Indian journal of veterinary science and animal husbandry - Volumes 15-17, 1948-1951
Year: 1948
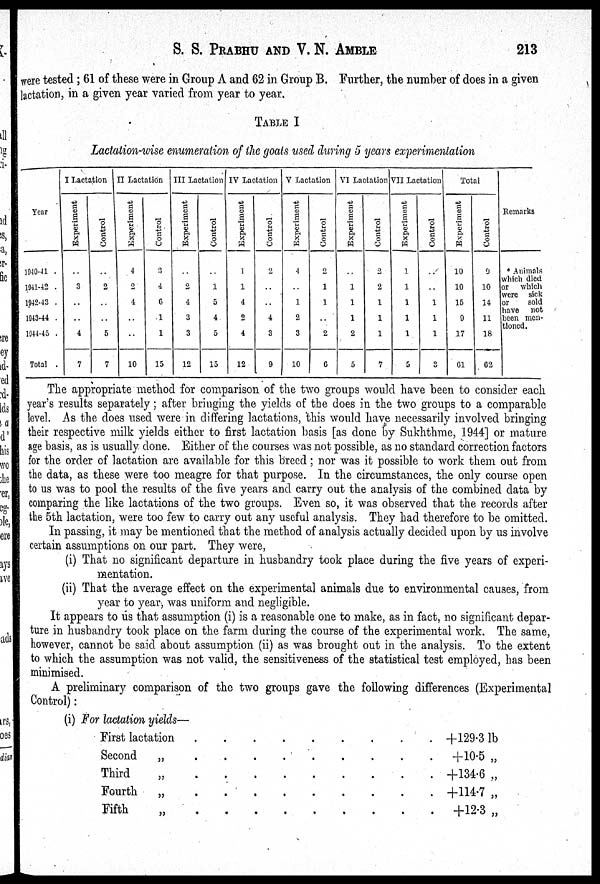
S. S. PRABHU AND V. N. AMBLE 213
were tested ; 61 of these were in Group A and 62 in Group B. Further, the number of does in a given
lactation, in a given year varied from year to year.
TABLE I
Lactation-wise enumeration of the goats used during 5 years experimentation
Year
1910-41 .
1911-42 .
1942-43 .
1913-44 .
1914-45 .
Total .
I Lactation
Experiment
..
3
..
..
4
7
Control
..
2
..
..
5
7
II Lactation
Experiment
4
2
4
..
..
10
Control
3
4
6
1
1
15
III Lactation
Experiment
..
2
4
3
3
12
Control
..
1
5
4
5
15
IV Lactation
Experiment
1
1
4
2
4
12
Control
2
..
..
4
3
9
V Lactation
Experiment
4
..
1
2
3
10
Control
2
1
1
..
2
6
VI Lactation
Experiment
..
1
1
1
2
5
Control
2
2
1
1
1
7
VII Lactation
Experiment
1
1
1
1
1
5
Control
..
..
1
1
1
3
Total
Experiment
10
10
15
9
17
61
Control
9
10
14
11
18
62
Remarks
* Animals
which died
or which
were sick
or
sold
have not
been men-
tioned.
The appropriate method for comparison of the two groups would have been to consider each
year's results separately ; after bringing the yields of the does in the two groups to a comparable
level. As the does used were in differing lactations, this would have necessarily involved bringing
their respective milk yields either to first lactation basis [as done by Sukhthme, 1944] or mature
age basis, as is usually done. Either of the courses was not possible, as no standard correction factors
for the order of lactation are available for this breed ; nor was it possible to work them out from
the data, as these were too meagre for that purpose. In the circumstances, the only course open
to us was to pool the results of the five years and carry out the analysis of the combined data by
comparing the like lactations of the two groups. Even so, it was observed that the records after
the 5th lactation, were too few to carry out any useful analysis. They had therefore to be omitted.
In passing, it may be mentioned that the method of analysis actually decided upon by us involve
certain assumptions on our part. They were,
(i) That no significant departure in husbandry took place during the five years of experi-
mentation.
(ii) That the average effect on the experimental animals due to environmental causes, from
year to year, was uniform and negligible.
It appears to us that assumption (i) is a reasonable one to make, as in fact, no significant depar-
ture in husbandry took place on the farm during the course of the experimental work. The same,
however, cannot be said about assumption (ii) as was brought out in the analysis. To the extent
to which the assumption was not valid, the sensitiveness of the statistical test employed, has been
minimised.
A preliminary comparison of the two groups gave the following differences (Experimental
Control):
(i) For lactation yields—
First lactation . . . . . . . . .
Second „ . . . . . . . . .
Third
„ . . . . . . . . .
Fourth „ . . . . . . . . .
Fifth
„ . . . . . . . . .
+129.3 lb
+10.5 „
+134.6 „
+114.7 „
+12.3 „